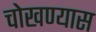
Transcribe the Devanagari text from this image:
चोखण्यास